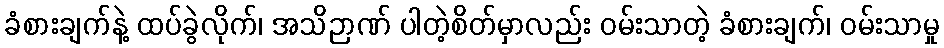
ခံစားချက်နဲ့ ထပ်ခွဲလိုက်၊ အသိဉာဏ် ပါတဲ့စိတ်မှာလည်း ဝမ်းသာတဲ့ ခံစားချက်၊ ဝမ်းသာမှု